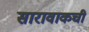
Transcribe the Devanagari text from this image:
सारावाकची